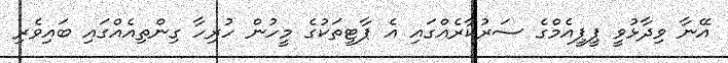
އޭނާ ވިދާޅުވީ ޕީޕީއެމްގެ ސަރުކާރެއްގައި އެ ޕާޓީތަކުގެ މީހުން ހުރިހާ ގިންތިއެއްގައި ބައިވެރި